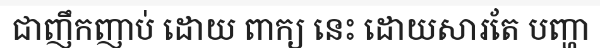
ជាញឹកញាប់ ដោយ ពាក្យ នេះ ដោយសារតែ បញ្ហា